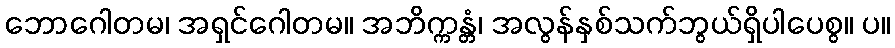
ဘောဂေါတမ၊ အရှင်ဂေါတမ။ အဘိက္ကန္တံ၊ အလွန်နှစ်သက်ဘွယ်ရှိပါပေစွ။ ပ။